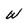
Character: W